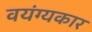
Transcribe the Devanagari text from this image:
वयंग्यकार